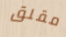
مقلق